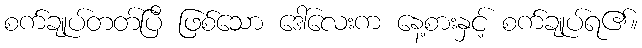
စက်ချုပ်တတ်ပြီ ဖြစ်သော ဒေါ်လေးက နေ့စားနှင့် စက်ချုပ်ရ၏။